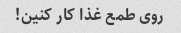
روی طمع غذا کار کنین!